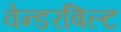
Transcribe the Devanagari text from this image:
वेन्डरबिल्ट